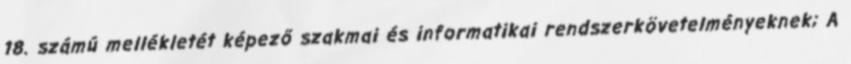
18. számú mellékletét képező szakmai és informatikai rendszerkövetelményeknek; A